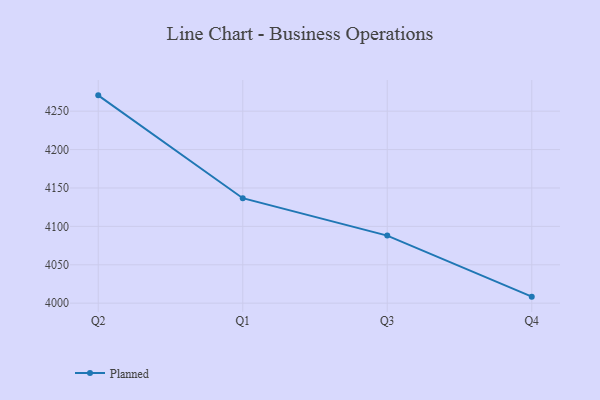
{"axis": {"x": "Quarter", "y": "Operating Costs (USD K)"}, "legend": ["Planned"], "data": [{"x": "Q2", "y": 4270.6, "type": "Planned"}, {"x": "Q1", "y": 4136.7, "type": "Planned"}, {"x": "Q3", "y": 4088.0, "type": "Planned"}, {"x": "Q4", "y": 4008.5, "type": "Planned"}]}